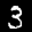
Label: 3